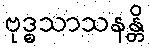
ဗုဒ္ဓသာသနန္တိ